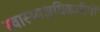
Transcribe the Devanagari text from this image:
स्वास्थ्यअधिकारियों